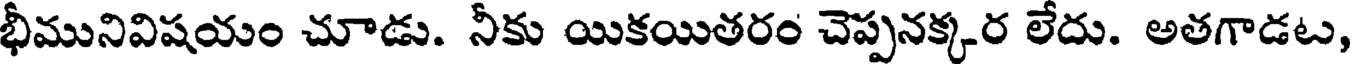
భీమునివిషయం చూడు. నీకు యికయితరం చెప్పనక్కర లేదు. అతగాడటు,